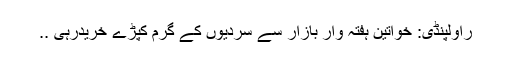
راولپنڈی: خواتین ہفتہ وار بازار سے سردیوں کے گرم کپڑے خریدرہی ..